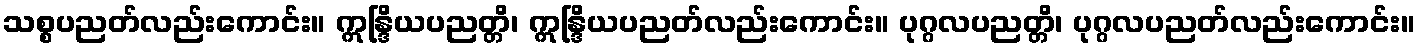
သစ္စပညတ်လည်းကောင်း။ ဣန္ဒြိယပညတ္တိ၊ ဣန္ဒြိယပညတ်လည်းကောင်း။ ပုဂ္ဂလပညတ္တိ၊ ပုဂ္ဂလပညတ်လည်းကောင်း။